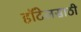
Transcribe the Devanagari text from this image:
हॉटेलसाठी